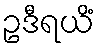
ဥဒီရယိံ